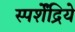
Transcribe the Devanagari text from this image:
स्पर्शेंद्रिये